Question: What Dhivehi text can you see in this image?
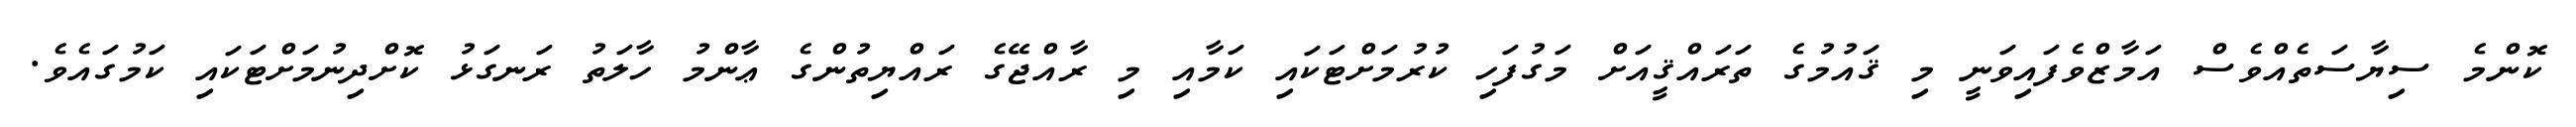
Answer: ކޮންމެ ސިޔާސަތެއްވެސް އަމާޒްވެފައިވަނީ މި ޤައުމުގެ ތަރައްޤީއަށް މަގުފަހި ކުރުމަށްޓަކައި ކަމާއި މި ރާއްޖޭގެ ރައްޔިތުންގެ ޢާންމު ހާލަތު ރަނގަޅު ކޮށްދިނުމަށްޓަކައި ކަމުގައެވެ.